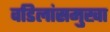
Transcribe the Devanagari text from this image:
वडिलांसमुखा